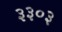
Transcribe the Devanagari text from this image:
३३०३